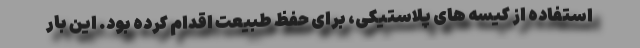
استفاده از کیسه های پلاستیکی، برای حفظ طبیعت اقدام کرده بود. این بار